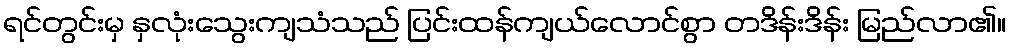
ရင်တွင်းမှ နှလုံးသွေးကျသံသည် ပြင်းထန်ကျယ်လောင်စွာ တဒိန်းဒိန်း မြည်လာ၏။